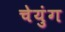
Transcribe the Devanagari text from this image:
चेयुंग